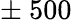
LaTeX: \pm~500